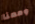
ومعنا